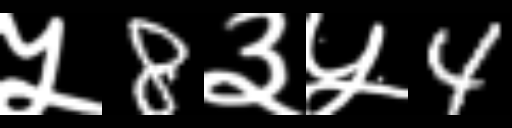
Text: ५8३५4